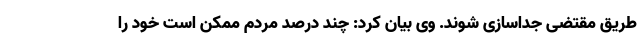
طریق مقتضی جداسازی شوند. وی بیان کرد: چند درصد مردم ممکن است خود را